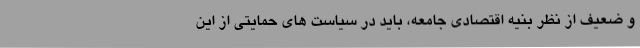
و ضعیف از نظر بنیه اقتصادی جامعه، باید در سیاست های حمایتی از این